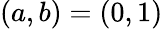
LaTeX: (a,b)=(0,1)